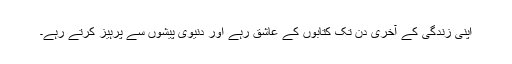
اپنی زندگی کے آخری دن تک کتابوں کے عاشق رہے اور دنیوی پیشوں سے پرہیز کرتے رہے۔